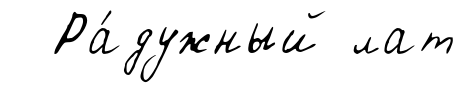
Ра́дужный лат